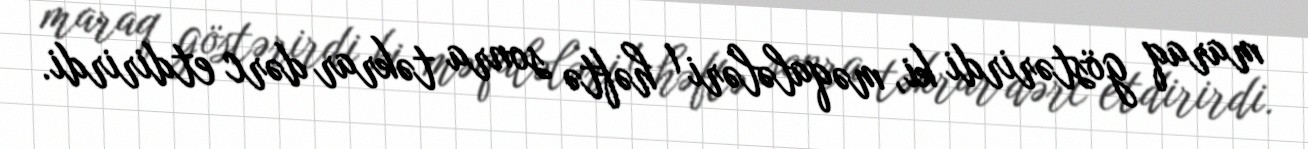
maraq göstərirdi ki, məqalələri 1 həftə sonra təkrar dərc etdirirdi.